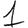
Digit: 1